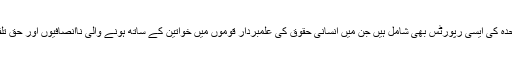
اس حصے میں اقوام متحدہ کی ایسی رپورٹس بھی شامل ہیں جن میں انسانی حقوق کی علمبردار قوموں میں خواتین کے ساتھ ہونے والی ناانصافیوں اور حق تلفیوں کا ذکر موجود ہے۔